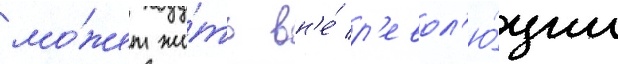
мо́жет жи́ть вн'е́ р'евол'ю́ции